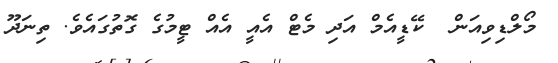
މޯލްޑިވިއަން  ކޭޑީއެމް އަދި މެޓް އެއީ އެއް ޓީމުގެ ގޮތުގައެވެ. ތިނަދޫ